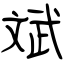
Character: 斌